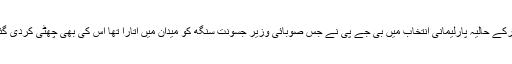
الورکے حالیہ پارلیمانی انتخاب میں بی جے پی نے جس صوبائی وزیر جسونت سنگھ کو میدان میں اتارا تھا اس کی بھی چھٹی کردی گئی۔